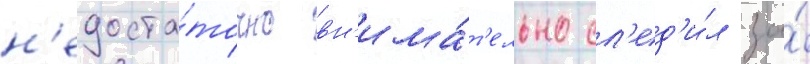
н'едоста́точно вн'има́т'ельно сл'ед'и́л за́